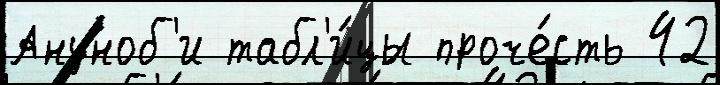
Ануноб'и табл'и́цы проче́сть 42